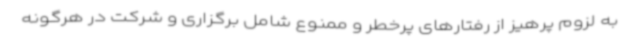
به لزوم پرهیز از رفتارهای پرخطر و ممنوع‌ شامل برگزاری و شرکت در هرگونه